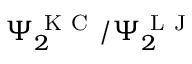
\Psi _ { 2 } ^ { \mathrm { ~ K ~ C ~ } } / \Psi _ { 2 } ^ { \mathrm { ~ L ~ J ~ } }